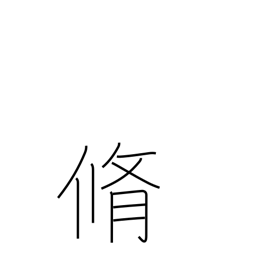
Meaning: dried meat